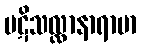
ပဋိသလ္လာနာရာမာ